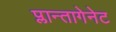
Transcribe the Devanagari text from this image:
प्लान्तागेनेट